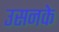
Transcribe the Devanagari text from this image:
उसनके